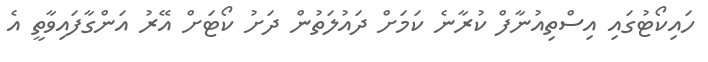
ހައިކޯޓުގައި އިސްތިއުނާފް ކުރާނެ ކަމަށް ދައުލަތުން ދަށު ކޯޓަށް އޭރު އަންގާފައިވާތީ އެ